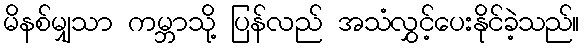
မိနစ်မျှသာ ကမ္ဘာသို့ ပြန်လည် အသံလွှင့်ပေးနိုင်ခဲ့သည်။